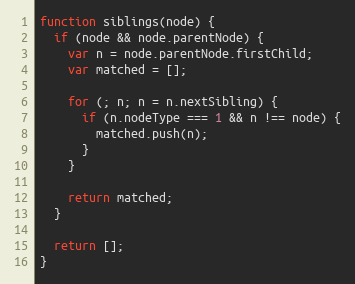
Language: JavaScript
function siblings(node) {
  if (node && node.parentNode) {
    var n = node.parentNode.firstChild;
    var matched = [];

    for (; n; n = n.nextSibling) {
      if (n.nodeType === 1 && n !== node) {
        matched.push(n);
      }
    }

    return matched;
  }

  return [];
}